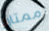
ممتاز